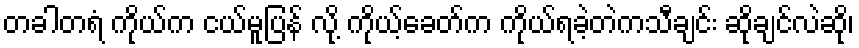
တခါတရံ ကိုယ်က ငယ်မူပြန် လို့ ကိုယ့်ခေတ်က ကိုယ်ရခဲ့တဲကသီချင်း ဆိုချင်လဲဆို၊